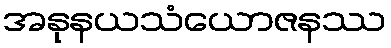
အနုနယသံယောဇနဿ